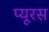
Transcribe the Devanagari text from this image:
प्यूरस